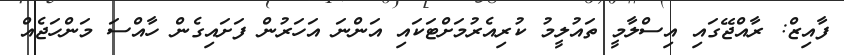
ފާއިޒް: ރާއްޖޭގައި އިސްލާމީ ތައުލީމު ކުރިއެރުމަށްޓަކައި އަންނަ އަހަރުން ފަށައިގެން ހާއްސަ މަންހަޖެއް